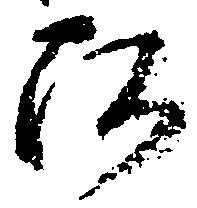
阿